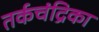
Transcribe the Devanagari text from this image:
तर्कचंद्रिका